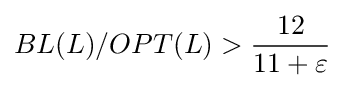
BL(L)/OPT(L)>{\frac {12}{11+\varepsilon }}